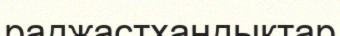
раджастхандықтар